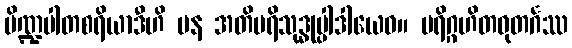
ပိဏ္ဍပါတစရိယာဒီဟိ ပန အတိပရိသုဒ္ဓုပ္ပါဒါယေဝ။ ပရိဂ္ဂဟိတဓုတင်္ဂဿ